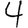
Digit: 4